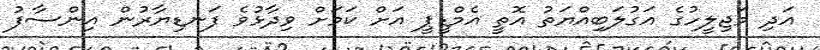
އަދި މަޖިލީހުގެ އަގުލަބިއްޔަތު އޮތީ އެމްޑީޕީ އަށް ކަމަށް ވިދާޅުވެ ފަނޑިޔާރުން އިންސާފު